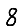
Digit: 8